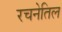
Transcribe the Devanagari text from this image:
रचनेतिल